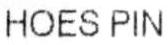
HOES PIN